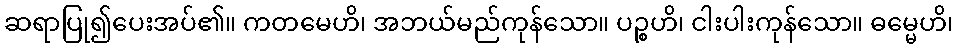
ဆရာပြု၍ပေးအပ်၏။ ကတမေဟိ၊ အဘယ်မည်ကုန်သော။ ပဉ္စဟိ၊ ငါးပါးကုန်သော။ ဓမ္မေဟိ၊